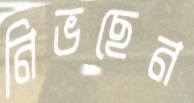
নিভছেন